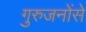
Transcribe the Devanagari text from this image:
गुरुजनोंसे